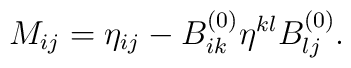
M_{ij}=\eta _{ij}-B_{ik}^{(0)}\eta ^{kl}B_{lj}^{(0)}.